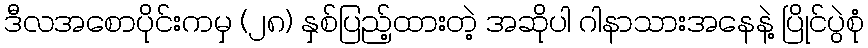
ဒီလအစောပိုင်းကမှ (၂၈) နှစ်ပြည့်ထားတဲ့ အဆိုပါ ဂါနာသားအနေနဲ့ ပြိုင်ပွဲစုံ